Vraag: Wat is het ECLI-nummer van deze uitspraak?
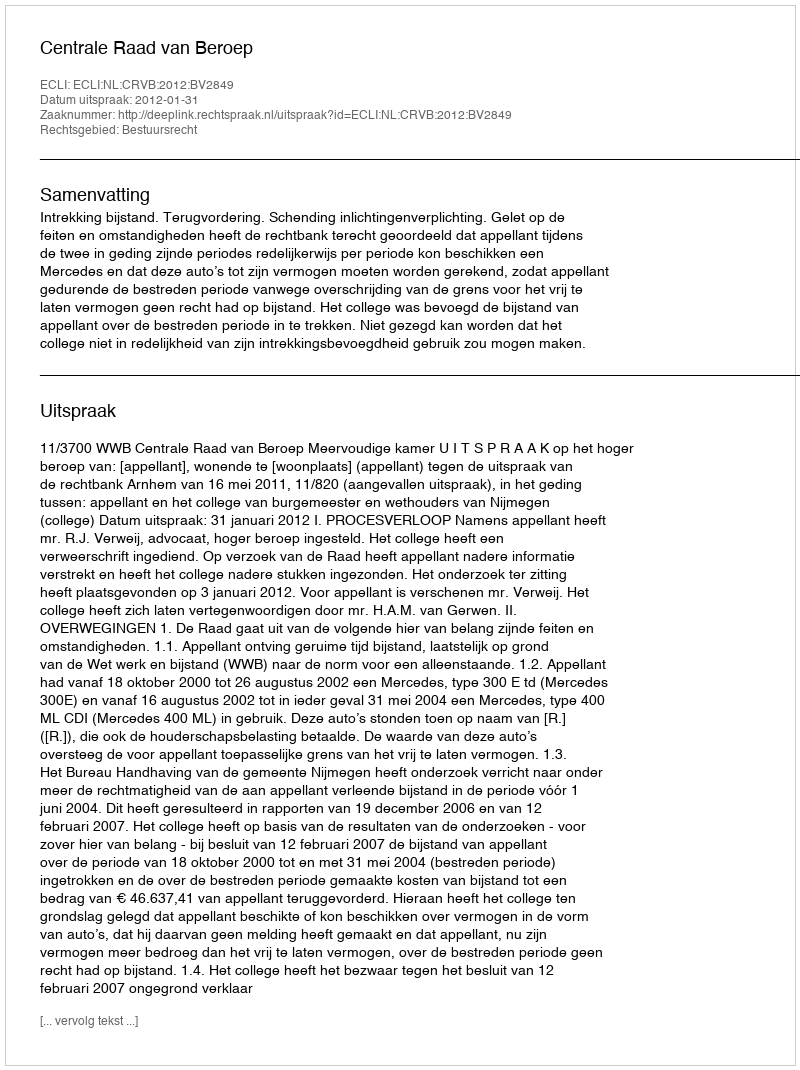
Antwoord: ECLI:NL:CRVB:2012:BV2849